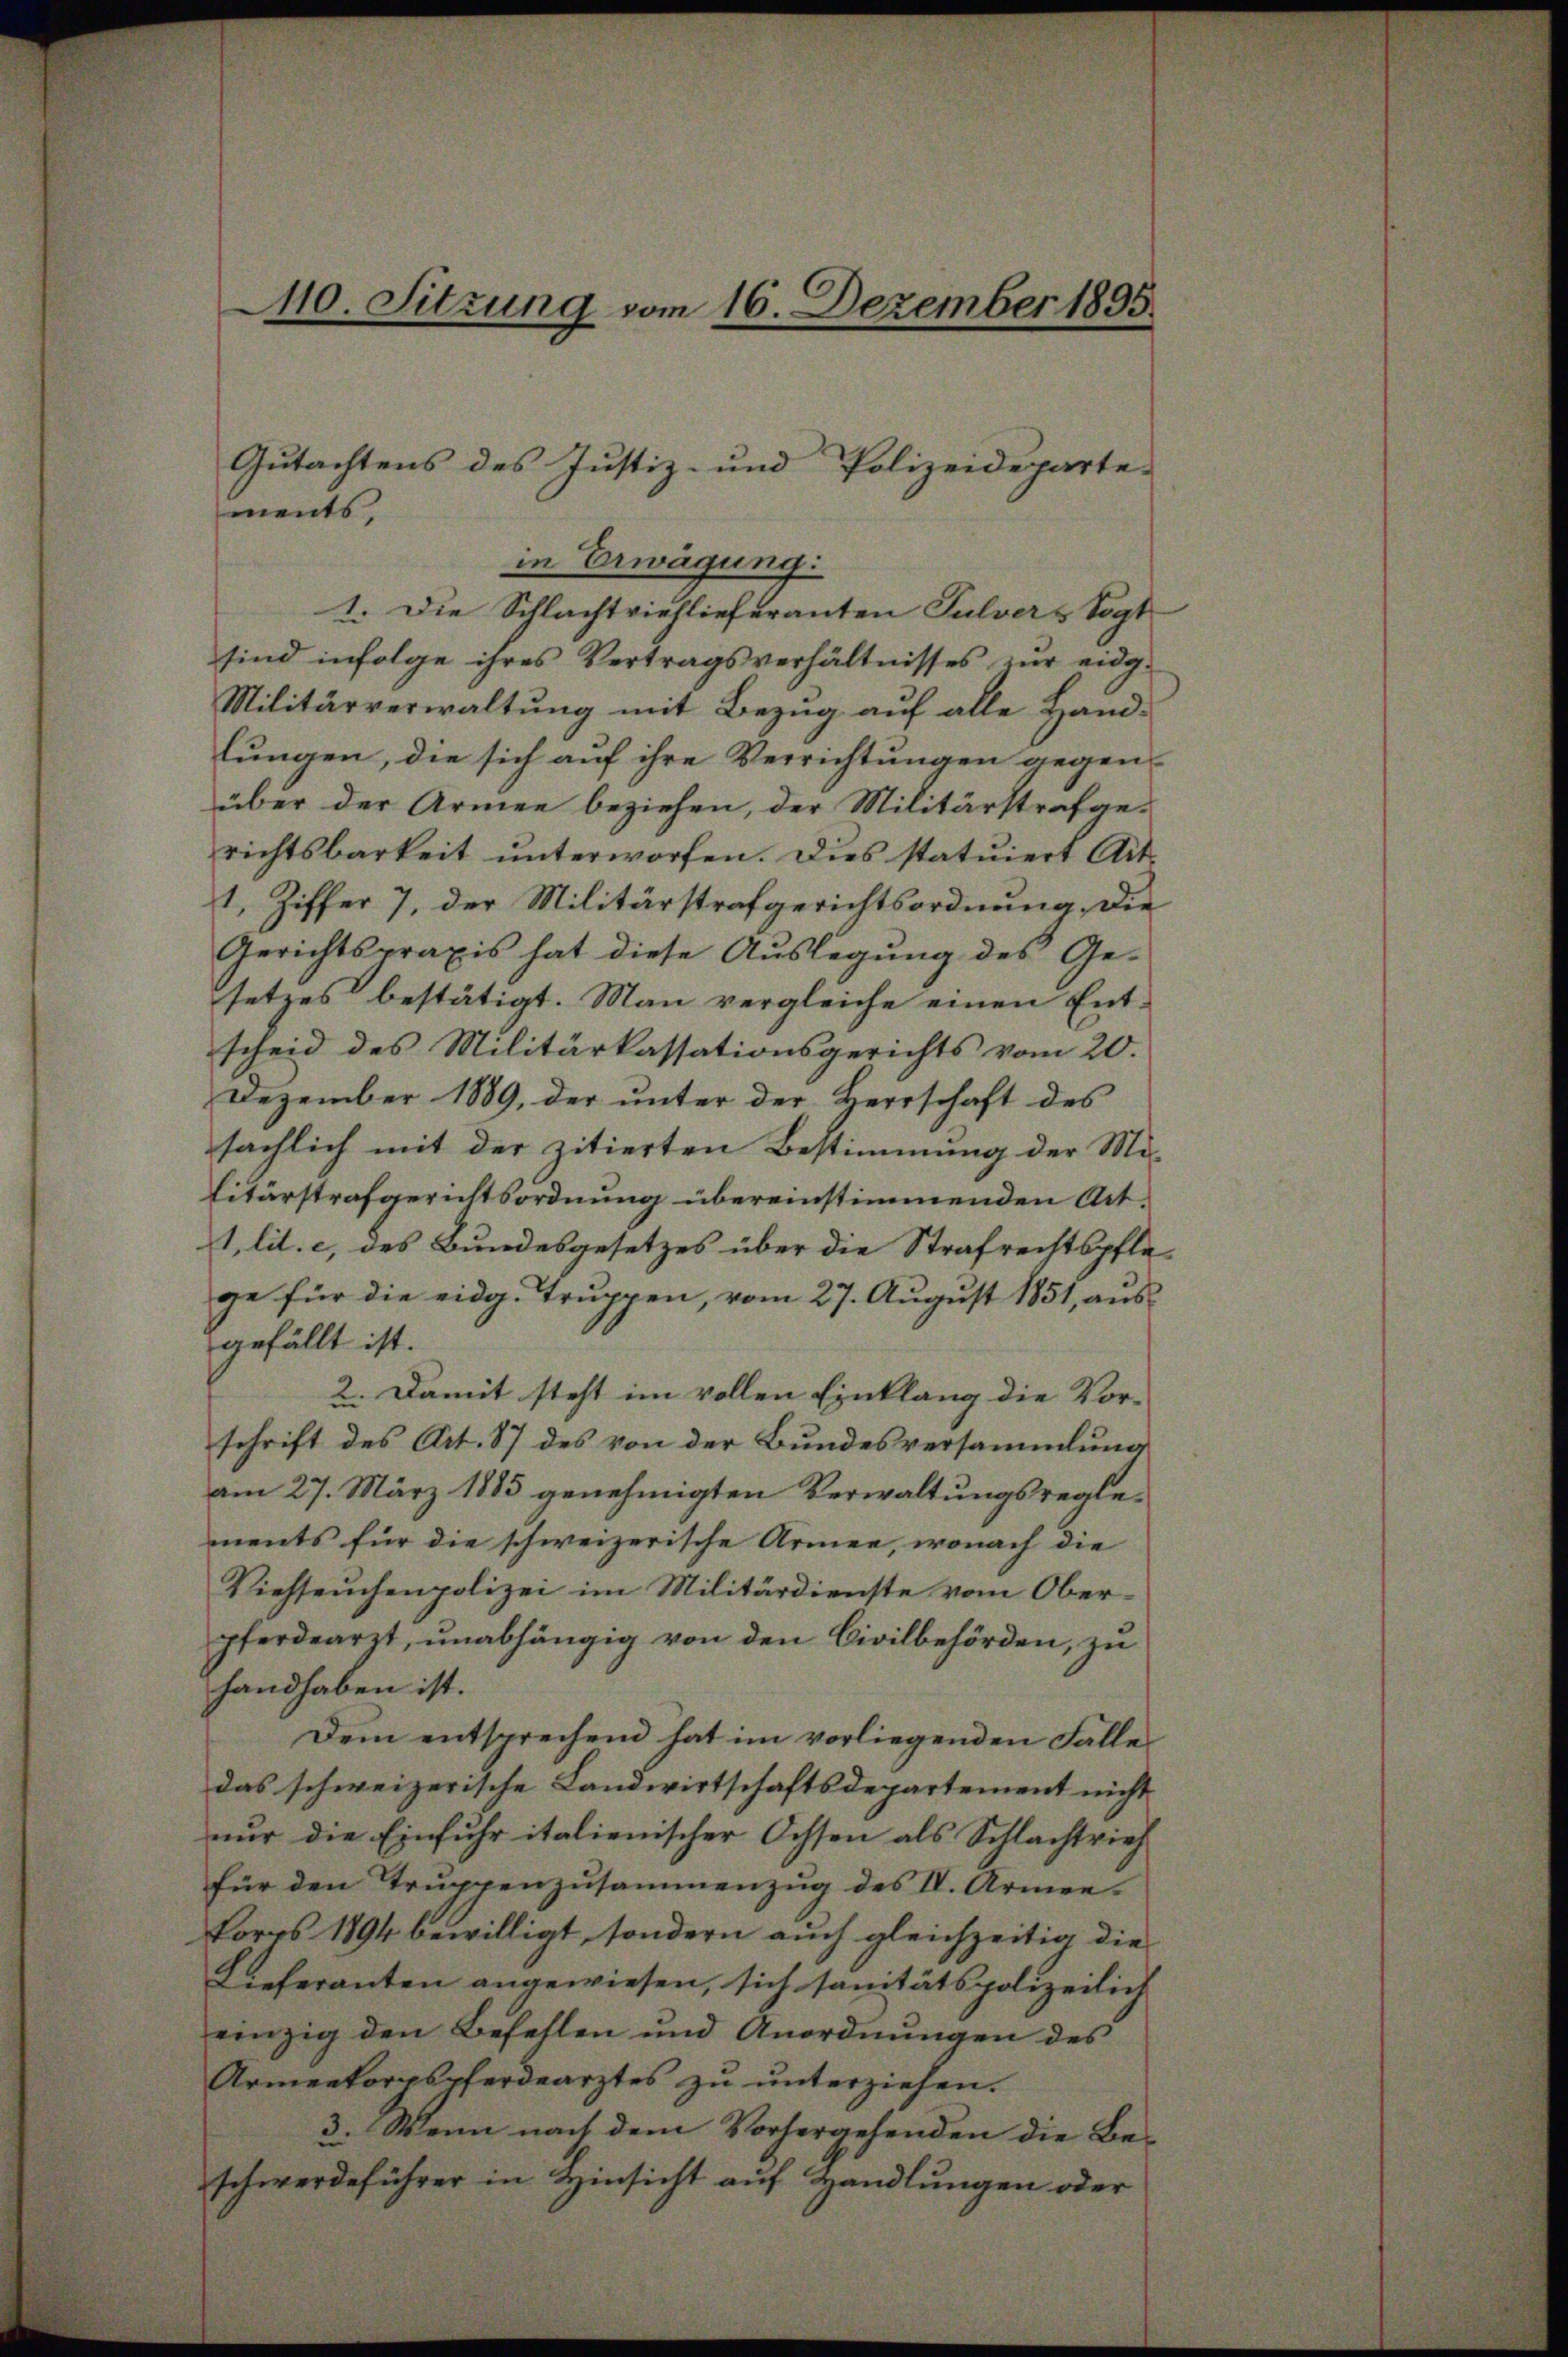
10. Sitzung vom 16. Dezember 1895.

1. Die Schlachtviehlieferanten Pulvers Vogt
sind infolge ihres Vertragsverhältnisses zŭr eidg-
Militärverwaltung mit Bezug auf alle Hand-
lungen, die sich auf ihre Verrichtungen gegen-
über der Armen beziehen, der Militärstrafge-
richtsbarkeit unterworfen. Dies statuiert Art.
1, Ziffer 7, der Militärstrafgerichtsordnung, die
Gerichtspraxis hat diese Auslegung des Gesetzes bestätigt. Man vergleiche einen Ent-
scheid des Militärkassationsgerichts vom 20.
Dezember 1889, der unter der Herrschaft des
sächlich mit der zitierten Bestimmung der Mi¬
Litärstrafgerichtsordnung übereinstimmenden Act¬
1 lit. c, des Bundesgesetzes über die Strafrechtspflege für die eidg. Truppen, vom 27. August 1851, aus-
gefällt ist.
2. Damit steht im vollen Einklang die Vor-
schrift des Art. 87 des von der Bundesversammlung
am 27. März 1883 genehmigten Verwaltungsreglements für die schweizerische Armen, wonach die
Viehseuchenpolizei im Militärdienste vom Oberpferdearzt, unabhängig von den Civilbehörden, zu
handhaben ist.
Dem entsprechend hat im vorliegenden Fälle
das schweizerische Landwirtschaftsdepartement nicht
nur die Einfuhr italienischer Ochsen als Schlachtrief
für den Truppenzusammenzug des IV. Armee.
Fores 1894 bewilligt, sondern auch gleichzeitig die
Lieferanten angewiesen, sich sanitätspolizeilich
einzig den Befehlen und Anordnungen des
Armenkorpspferdearztes zŭ ŭnterziehen.
3. Wenn nach dem Vorhergehenden die Be-
schwerdeführer in Hinsicht auf Handlungen oder

Gutachtens des Justiz- und Polizeideparte-
ments,
in Erwägung: